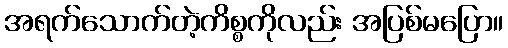
အရက်သောက်တဲ့ကိစ္စကိုလည်း အပြစ်မပြော။